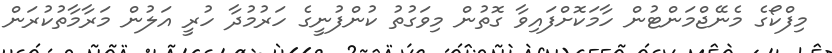
މިފްކޯގެ މެނޭޖްމަންޓުން ހާމަކޮށްފައިވާ ގޮތުން މިވަގުތު ކުންފުނީގެ ހަރުމުދާ ހުރީ އަލުން މަރާމާތުކުރަން